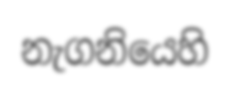
නැගනියෙහි